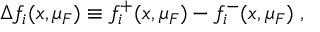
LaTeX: \Delta f _ { i } ( x , \mu _ { F } ) \equiv f _ { i } ^ { + } ( x , \mu _ { F } ) - f _ { i } ^ { - } ( x , \mu _ { F } ) \; ,